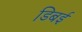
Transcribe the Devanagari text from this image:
डिबई